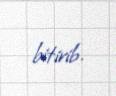
bitirib.